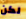
لكن